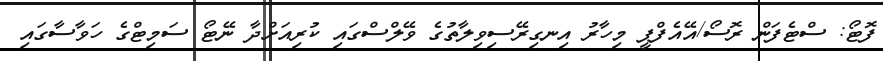
ފޮޓޯ: ސްޓެފަން ރޮސޯ/އޭއެފްޕީ މިހާރު އިނގިރޭސިވިލާތުގެ ވޭލްސްގައި ކުރިއަށްދާ ނޭޓޯ ސަމިޓްގެ ހަވާސާގައި